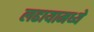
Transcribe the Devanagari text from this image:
लढायामध्ये